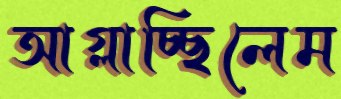
আগ্‌লাচ্ছিলেম